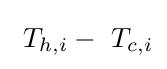
\ T_{h,i}-\ T_{c,i}